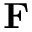
\mathbf { F }